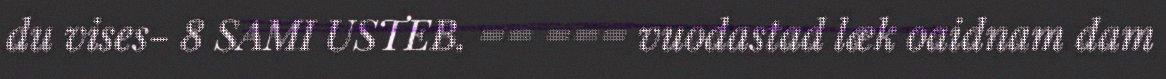
du vises- 8 SAMI USTEB. == === vuodastad læk oaidnam dam